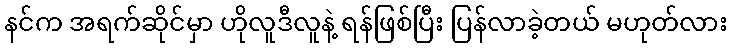
နင်က အရက်ဆိုင်မှာ ဟိုလူဒီလူနဲ့ ရန်ဖြစ်ပြီး ပြန်လာခဲ့တယ် မဟုတ်လား